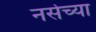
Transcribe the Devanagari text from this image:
नर्सच्या